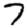
Digit: 7